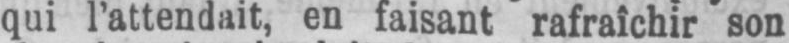
qui l’attendait, en faisant rafraîchir son